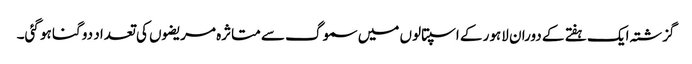
گزشتہ ایک ہفتے کے دوران لاہور کے اسپتالوں میں سموگ سے متاثرہ مریضوں کی تعداد دو گنا ہو گئی۔